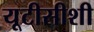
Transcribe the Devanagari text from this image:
यूटीसीशी